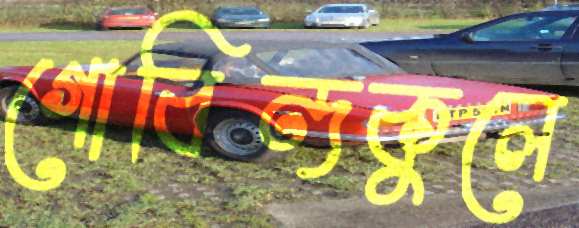
গোবিন্দকুলে